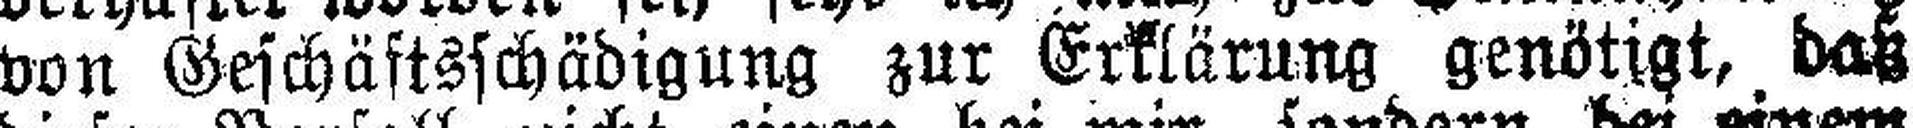
von Geschäftsschädigung zur Erklärung genötigt, daß